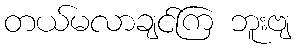
တယ်မလာချင်ကြ ဘူးဗျ